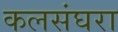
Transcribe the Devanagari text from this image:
कलसंघरा